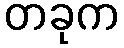
တခုက